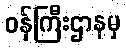
ဝန်ကြီးဌာနမှ